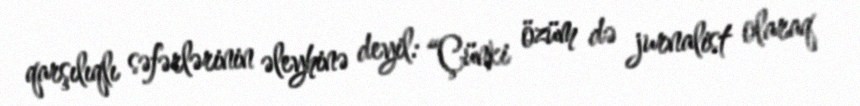
qarşılıqlı səfərlərinin əleyhinə deyil: “Çünki özüm də jurnalist olaraq